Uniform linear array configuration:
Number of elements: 8
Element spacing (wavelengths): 1
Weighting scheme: blackman
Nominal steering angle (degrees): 45
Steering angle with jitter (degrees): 46.324
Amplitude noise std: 0.05
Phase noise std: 0.05

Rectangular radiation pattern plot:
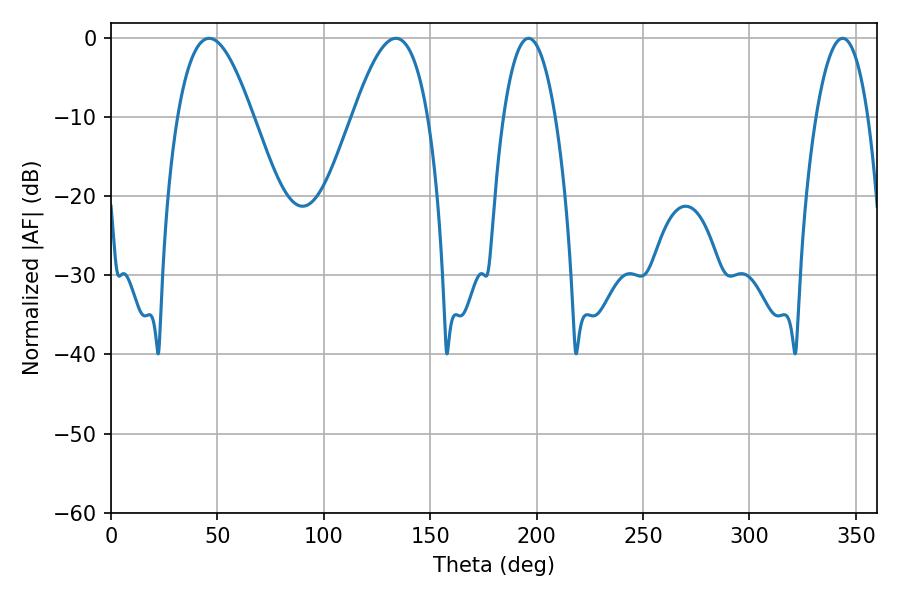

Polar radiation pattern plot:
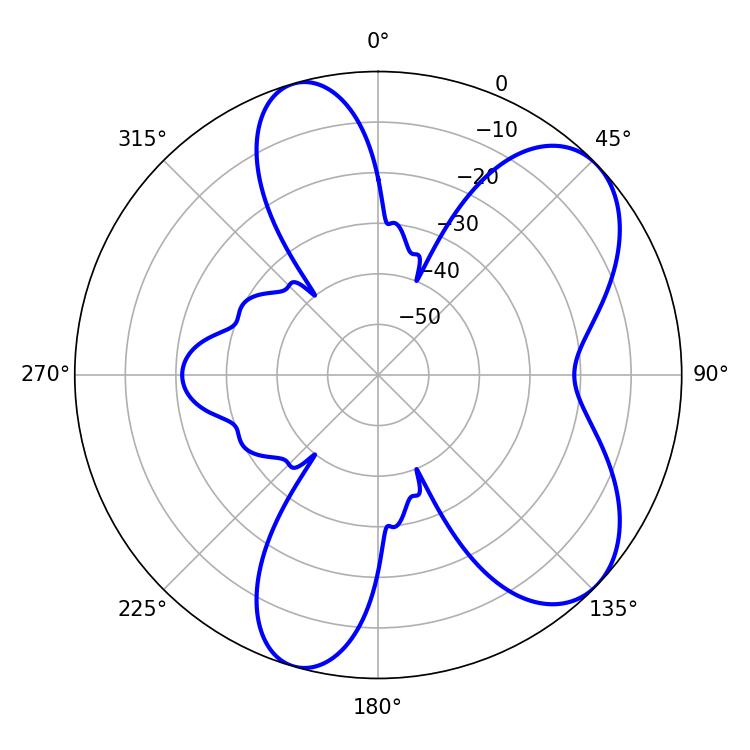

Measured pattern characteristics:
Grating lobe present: TRUE
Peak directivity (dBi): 7.043
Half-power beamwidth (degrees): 13.5
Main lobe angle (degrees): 196.2